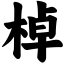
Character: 棹